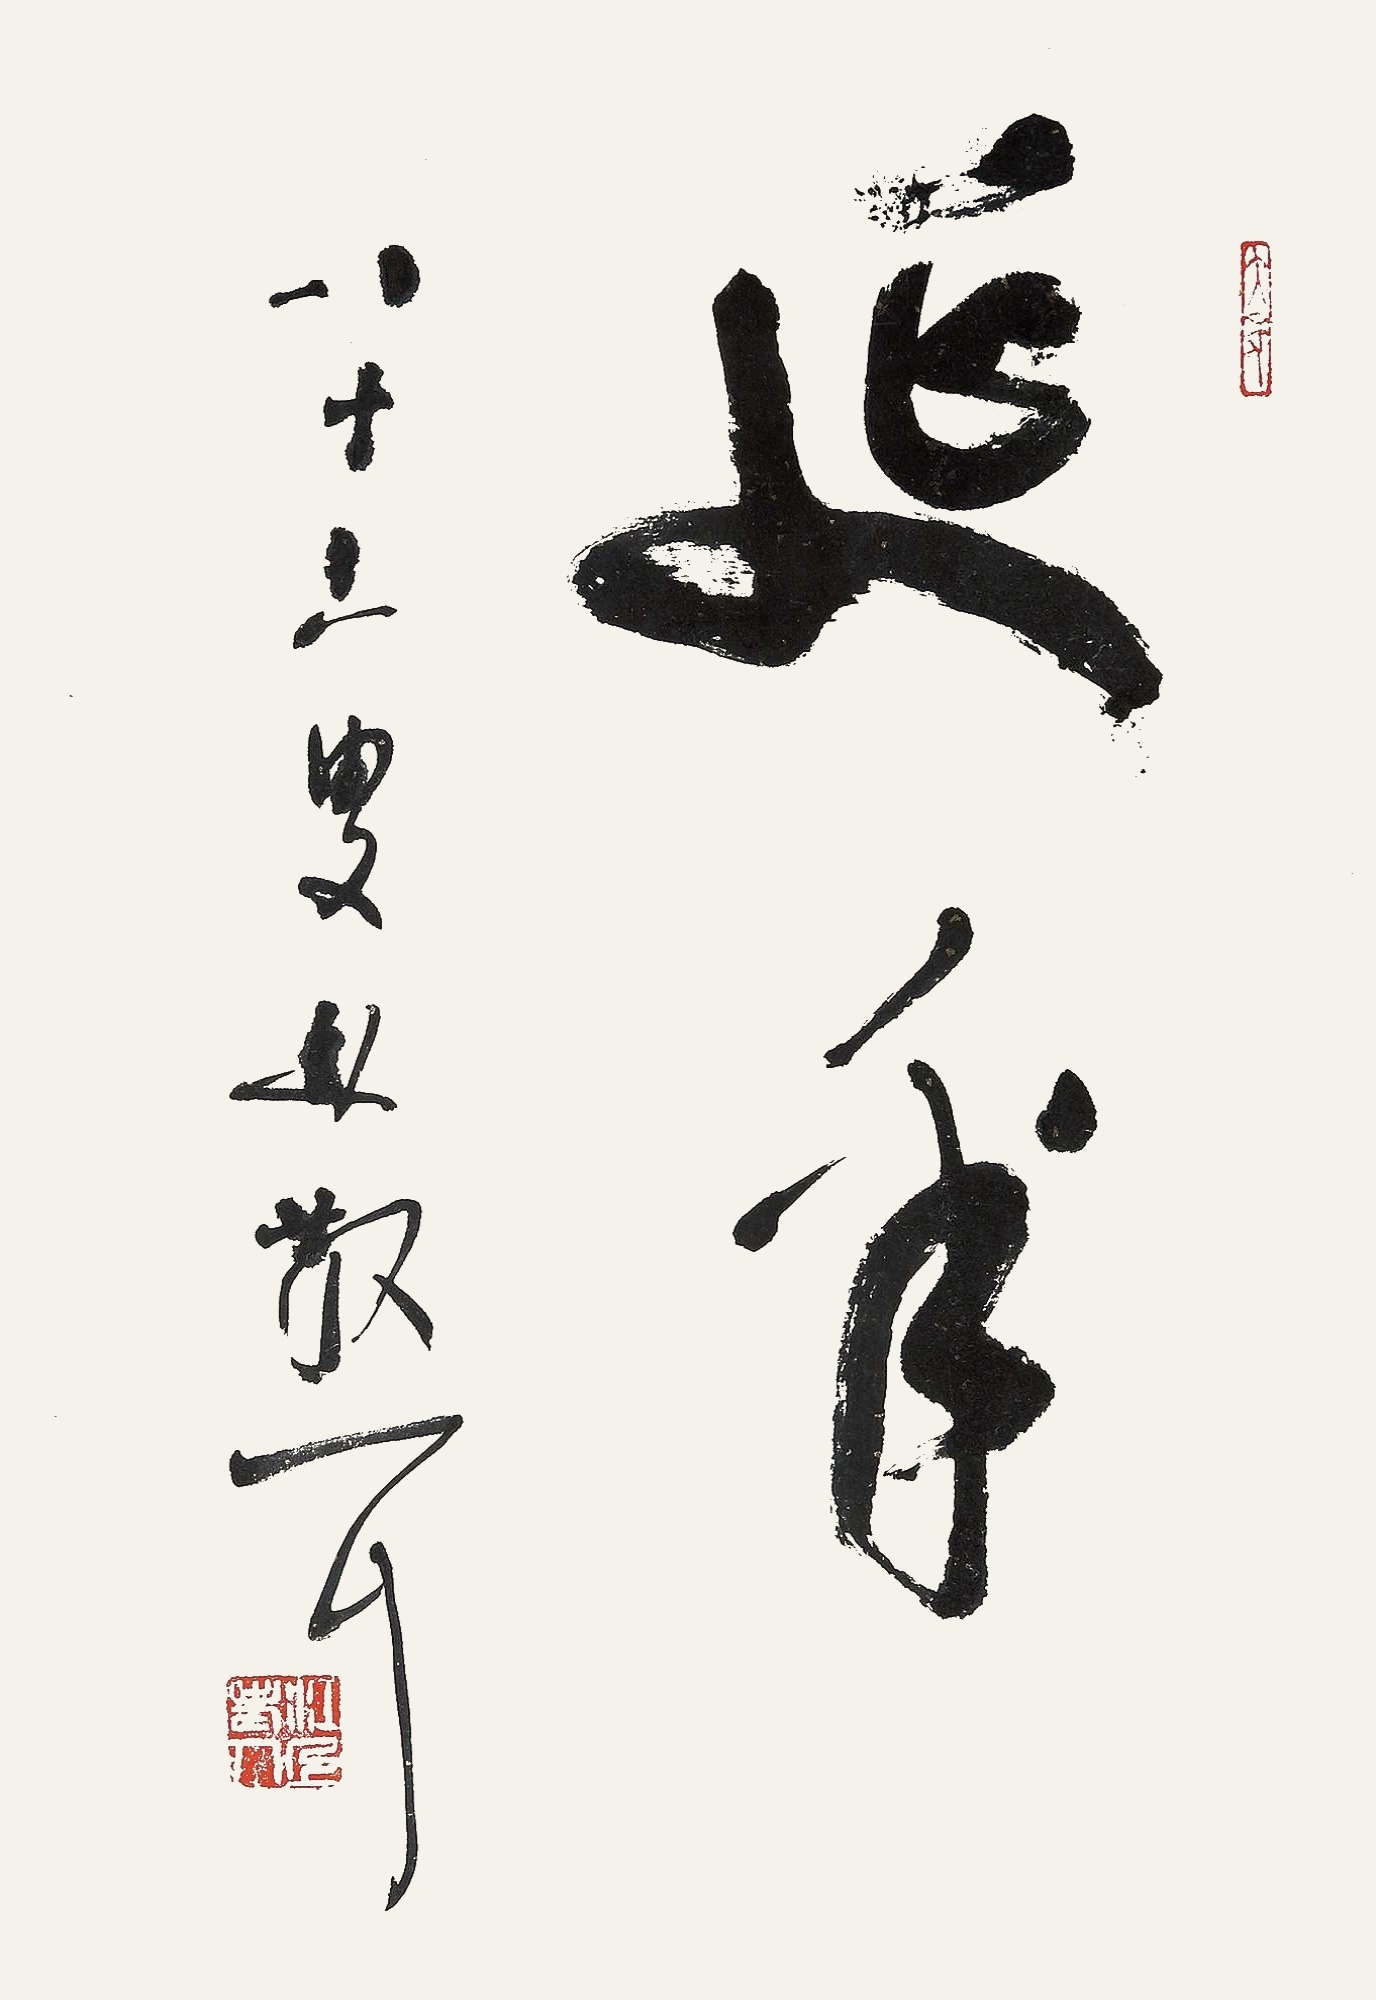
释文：延年八十三叟，林散之。